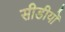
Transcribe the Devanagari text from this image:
सीडीयों